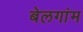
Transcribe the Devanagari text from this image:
बेलगांम